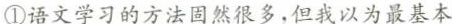
①语文学习的方法固然很多，但我以为最基本